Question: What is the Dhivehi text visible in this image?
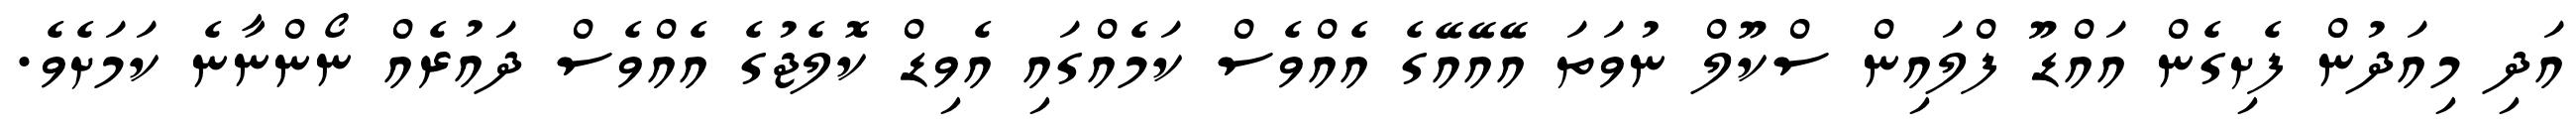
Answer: އަދި މިއަދުން ފެށިގެން އައްޑޫ ފްލައިން ސްކޫލް ނުވަތަ އޭއޭއޭގެ އެއްވެސް ކަމެއްގައި އެވިޑް ކޮލެޖުގެ އެއްވެސް ދައުރެއް ނޯންނާނެ ކަމަށެވެ.